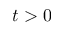
t > 0